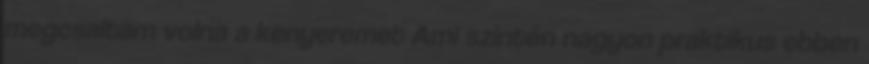
megcsaltam volna a kenyeremet Ami szintén nagyon praktikus ebben